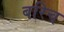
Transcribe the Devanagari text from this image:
बरिच